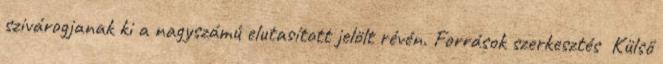
szivárogjanak ki a nagyszámú elutasított jelölt révén. Források szerkesztés Külső